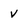
Character: V